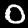
Digit: 0